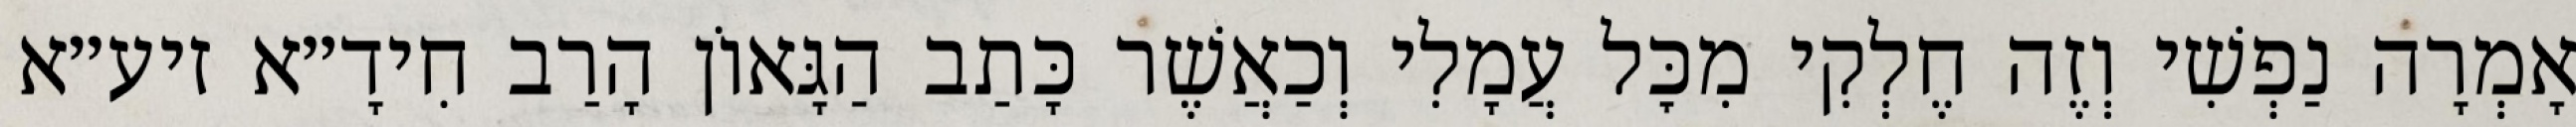
אָמְרָה נַפְשִׁי וְזֶה חֶלְקִי מִכׇּל עֲמָלִי וְכַאֲשֶׁר כָּתַב הַגָּאוֹן הָרַב חִידָ״א זיע״א